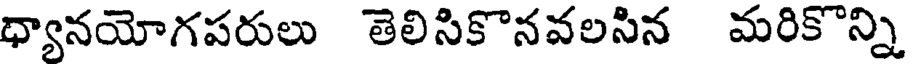
ధ్యానయోగపరులు తెలిసికొనవలసిన మరికొన్ని